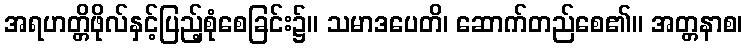
အရဟတ္တိဖိုလ်နှင့်ပြည့်စုံစေခြင်း၌။ သမာဒပေတိ၊ ဆောက်တည်စေ၏။ အတ္တနာစ၊